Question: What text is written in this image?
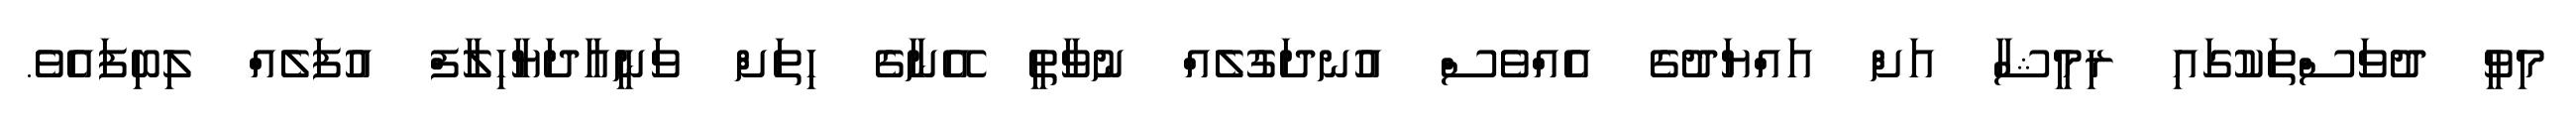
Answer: މިވީ ދުވަސްތަކުގައި ރިމީޝާ އަށް އައްޔަދުގެ އެއްވެސް އުނދަގުލެއް ނުވާތީ އޭނާގެ ހިތަށް ވަނީއާދަޔާހިލާފް އުފަލެއް ލިބިފައެވެ.